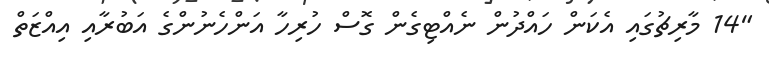
"14 މާރިޗުގައި އެކަން ހައްދުން ނެއްޓިގެން ގޮސް ހުރިހާ އަންހެނުންގެ އަބުރާއި އިއްޒަތް